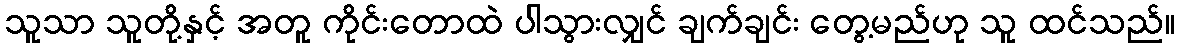
သူသာ သူတို့နှင့် အတူ ကိုင်းတောထဲ ပါသွားလျှင် ချက်ချင်း တွေ့မည်ဟု သူ ထင်သည်။